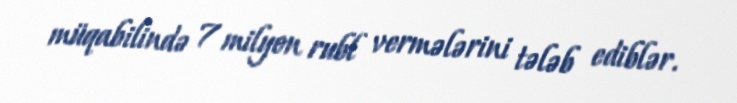
müqabilində 7 milyon rubl vermələrini tələb ediblər.